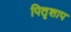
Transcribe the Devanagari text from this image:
पितृशाप